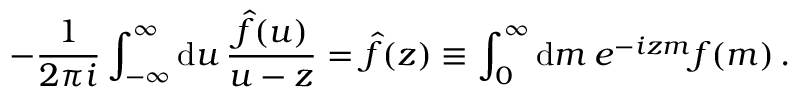
- \frac { 1 } { 2 \pi i } \int _ { - \infty } ^ { \infty } \mathrm { d } u \, \frac { \hat { f } ( u ) } { u - z } = \hat { f } ( z ) \equiv \int _ { 0 } ^ { \infty } \mathrm { d } m \: e ^ { - i z m } f ( m ) \, .